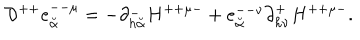
{ \cal D } ^ { + + } e _ { \breve { \alpha } } ^ { -- \mu } = - \partial _ { h { \breve { \alpha } } } ^ { - } H ^ { + + \mu - } + e _ { \breve { \alpha } } ^ { -- \nu } \partial _ { h \nu } ^ { + } H ^ { + + \mu - } .